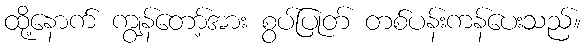
ထို့နောက် ကျွန်တော့်အား စွပ်ပြုတ် တစ်ပန်းကန်ပေးသည်။